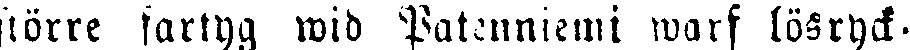
större fartyg wid Patenniemi warf lösryck-